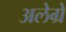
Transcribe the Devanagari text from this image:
अलेग्रे